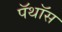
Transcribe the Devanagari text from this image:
पॅथॉस